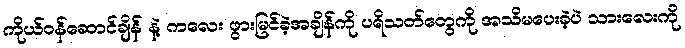
ကိုယ်ဝန်ဆောင်ချိန် နဲ့ ကလေး ဖွားမြင်ခဲ့အချိန်ကို ပရိသတ်တွေကို အသိမပေးခဲ့ပဲ သားလေးကို